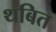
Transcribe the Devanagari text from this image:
थबित